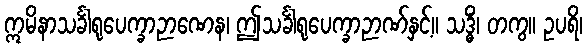
ဣမိနာသင်္ခါရုပေက္ခာဉာဏေန၊ ဤသင်္ခါရုပေက္ခာဉာဏ်နှင့်။ သဒ္ဓိံ၊ တကွ။ ဥပရိ၊